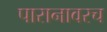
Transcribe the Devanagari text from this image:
पारानावरच